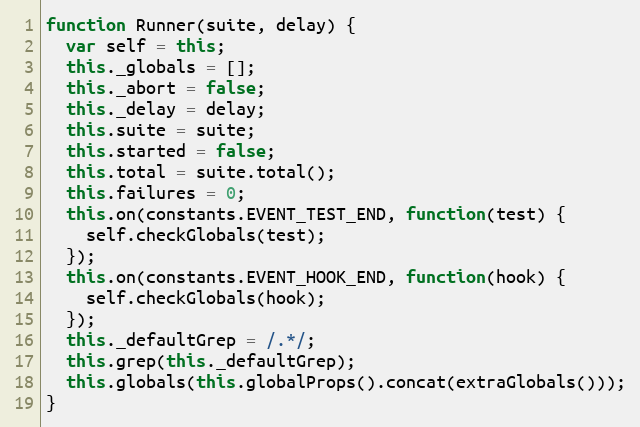
Language: JavaScript
function Runner(suite, delay) {
  var self = this;
  this._globals = [];
  this._abort = false;
  this._delay = delay;
  this.suite = suite;
  this.started = false;
  this.total = suite.total();
  this.failures = 0;
  this.on(constants.EVENT_TEST_END, function(test) {
    self.checkGlobals(test);
  });
  this.on(constants.EVENT_HOOK_END, function(hook) {
    self.checkGlobals(hook);
  });
  this._defaultGrep = /.*/;
  this.grep(this._defaultGrep);
  this.globals(this.globalProps().concat(extraGlobals()));
}